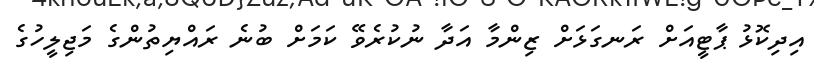
އިދިކޮޅު ޕާޓީއަށް ރަނގަޅަށް ޒިންމާ އަދާ ނުކުރެވޭ ކަމަށް ބުނެ ރައްޔިތުންގެ މަޖިލީހުގެ